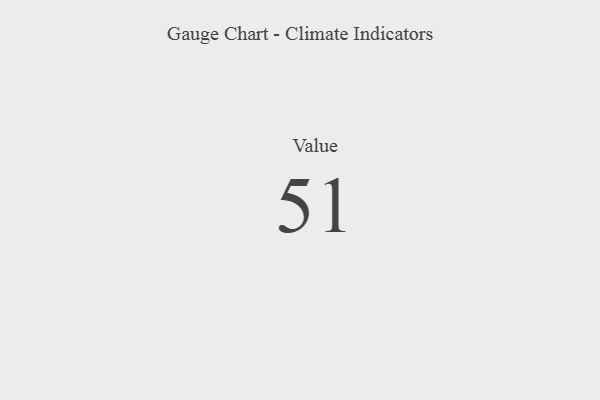
{"axis": {"x": "Metric", "y": "Value"}, "legend": [""], "data": [{"x": "Value", "y": 51, "type": ""}]}